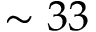
\sim 3 3